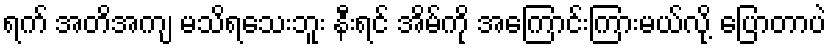
ရက် အတိအကျ မသိရသေးဘူး နီးရင် အိမ်ကို အကြောင်းကြားမယ်လို့ ပြောတာပဲ